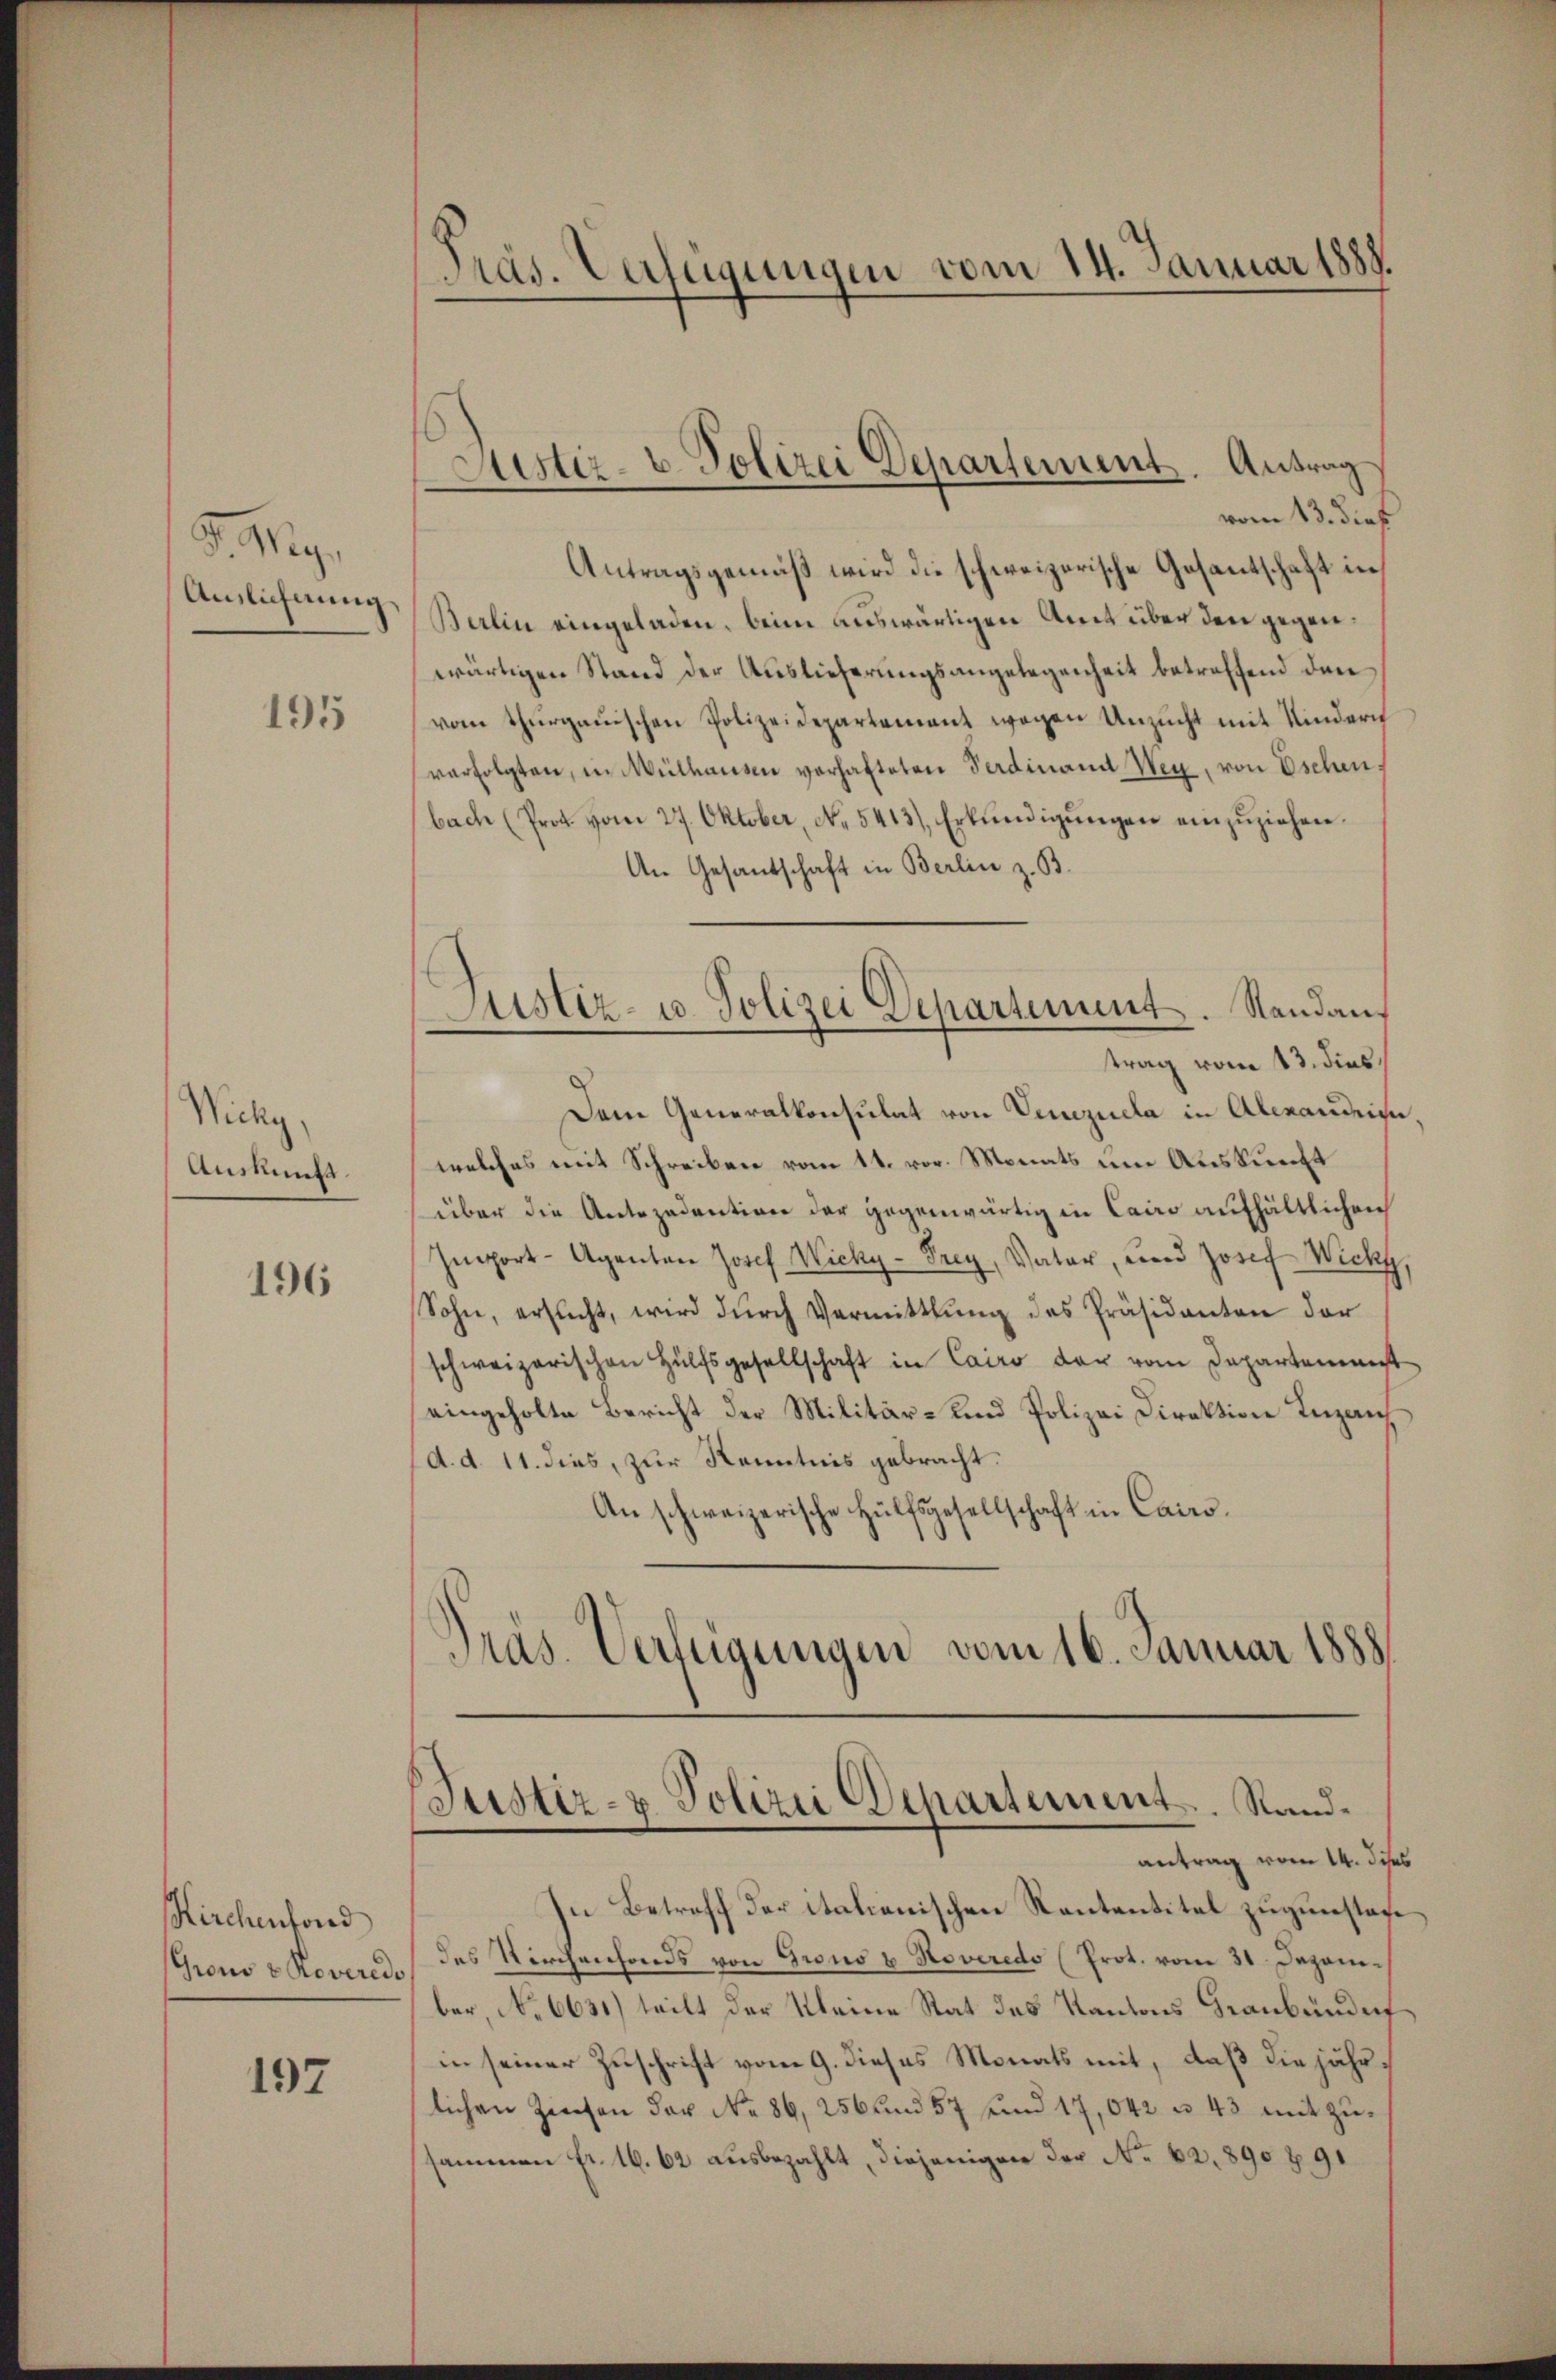
d. M.
Anslichnung

195

Wicky,
Auskunft.

196

Kirchenfond
Gron v. Roveredo

197

Präs. Verfügungen vom 14. Januar 1888.

Justiz- u. Polizei Departement. Antrag

Justiz- u. Polizei Departement. Standaus

vom 13. dies
Antragsgemäß wird die schweizerische Gesantschaft in
Berlin eingeladen, beim auswärtigen Amt über den gegenwärtigen Stand der Auslieferungsangelegenheit betreffend dan
vom Thurgauischen Polizeidepartement wegen Unzucht mit Kindern
verfolgten, in Mülhausen verhafteten Ferdinand Weg, von Eschen,
bach (Prot. vom 27. Oktober, No. 5413), Erkundigŭngen einzŭziehen.
An Gesantschaft in Berlin z. B.
trag vom 13. dies
Dem Generalkonsulat von Venezuela in Alexandein
welches mit Schreiben vom 11. vor. Monats um Auskunft
über die Antezadention der gegenwärtig in Cairo aufhältlichen
Import-Agenten Josef Wicky - Frey, Vater, und Josef Wicky
Sohn, ersŭcht, wird dŭrch Vermittlung des Präsidanten der
schweizerischen Hülfsgesellschaft in Cairo der vom Departement
eingeholte Bericht der Militär- und Polizei Direktion Inzan
d. d. 11. dies, zur Kenntnis gebracht.
An schweizerische Hülfsgesellschaft in Cairo¬
Präs. Verfügungen vom 16. Januar 1888.

(Justiz- & Polizei Departement.  ..  Sandantrag vom 14. dess

In Betreff der italienischen Kantantitel zugunstendes Kirchenfonds von Grono u. Noveredo (Prot. vom 21 Dezember, No 6631) teilt der Kleine Rat des Kantons Graubünde
in seiner Zuschrift vom 9. dieses Monats mit, daß die jährlichen Zinsen der No. 86, 256 und 57 und 17,042 u. 43 mit zusammen Fr. 16. 62 ausbezahlt, diejenigen der No. 62. 890 § 91